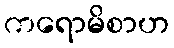
ကရောမိစာဟ